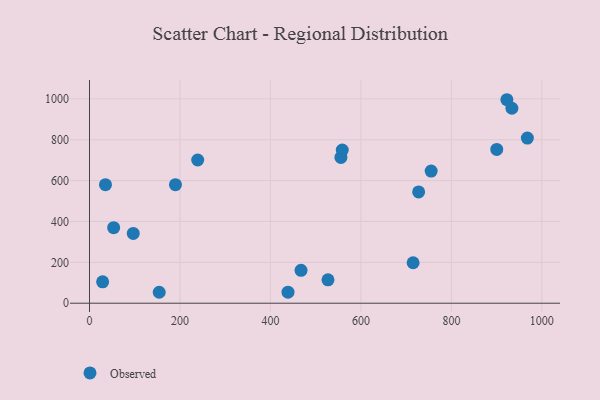
{"axis": {"x": "Speed", "y": "Sales"}, "legend": ["Observed"], "data": [{"x": "35.3", "y": 580.0, "type": "Observed"}, {"x": "555.8", "y": 713.7, "type": "Observed"}, {"x": "558.8", "y": 749.5, "type": "Observed"}, {"x": "968.0", "y": 808.4, "type": "Observed"}, {"x": "755.3", "y": 646.7, "type": "Observed"}, {"x": "53.4", "y": 369.6, "type": "Observed"}, {"x": "933.8", "y": 954.2, "type": "Observed"}, {"x": "96.7", "y": 341.6, "type": "Observed"}, {"x": "154.1", "y": 53.5, "type": "Observed"}, {"x": "190.0", "y": 580.2, "type": "Observed"}, {"x": "922.7", "y": 995.9, "type": "Observed"}, {"x": "900.3", "y": 752.5, "type": "Observed"}, {"x": "727.6", "y": 544.6, "type": "Observed"}, {"x": "467.6", "y": 161.1, "type": "Observed"}, {"x": "438.8", "y": 54.0, "type": "Observed"}, {"x": "239.2", "y": 700.8, "type": "Observed"}, {"x": "29.0", "y": 104.6, "type": "Observed"}, {"x": "715.4", "y": 198.0, "type": "Observed"}, {"x": "527.2", "y": 114.6, "type": "Observed"}]}